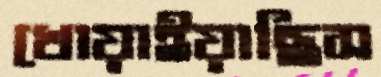
খোয়াইয়াছিস